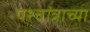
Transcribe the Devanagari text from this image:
पश्चांत्राच्या